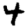
Digit: 4